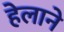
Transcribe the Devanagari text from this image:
हेलाने